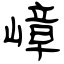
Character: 嶂